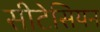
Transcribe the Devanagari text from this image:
सीटेसियन